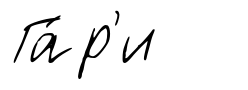
Га́р'и